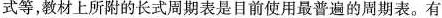
式等，教材上所附的长式周期表是目前使用最普遍的周期表。有